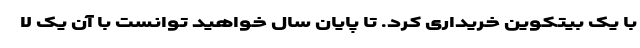
با یک بیتکوین خریداری کرد. تا پایان سال خواهید توانست با آن یک لا